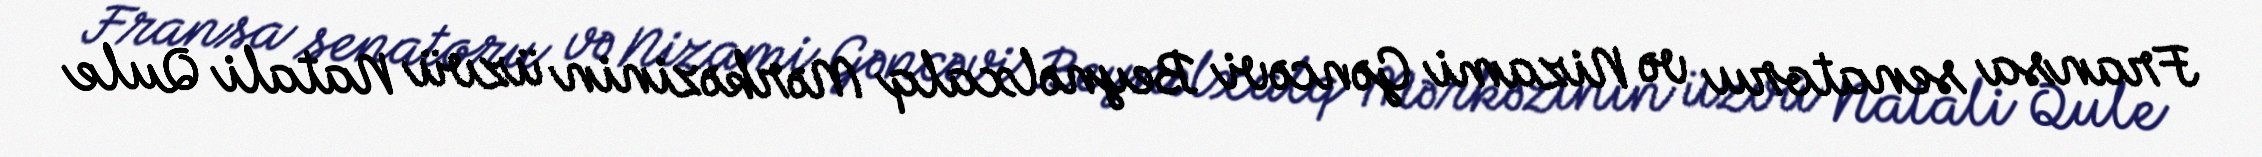
Fransa senatoru və Nizami Gəncəvi Beynəlxalq Mərkəzinin üzvü Natali Qule